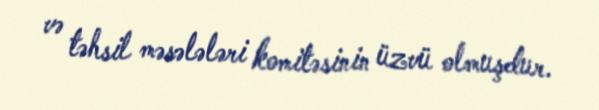
və təhsil məsələləri komitəsinin üzvü olmuşdur.